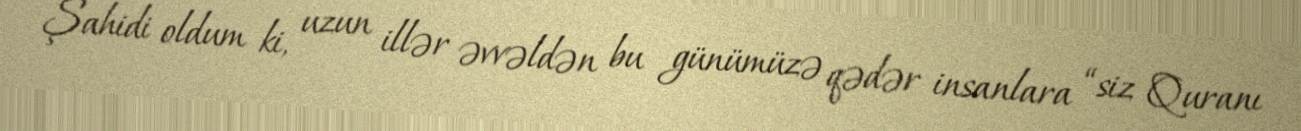
Şahidi oldum ki, uzun illər əvvəldən bu günümüzə qədər insanlara “siz Quranı